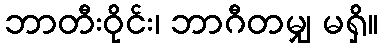
ဘာတီးဝိုင်း၊ ဘာဂီတမျှ မရှိ။